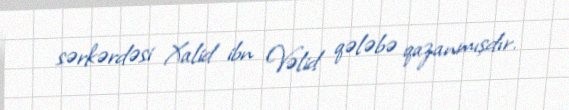
sərkərdəsi Xalid ibn Vəlid qələbə qazanmışdır.